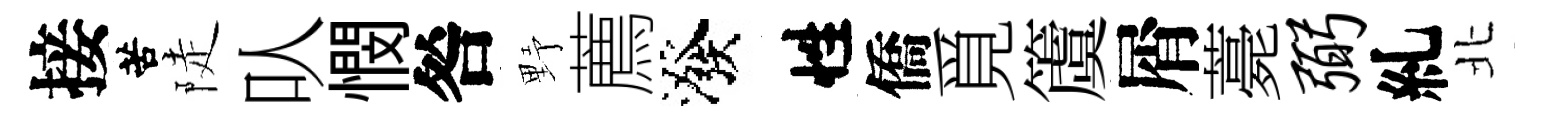
接苦陡㕥憫咎野薦潑性僑覓𥵂屑薧弼糺北